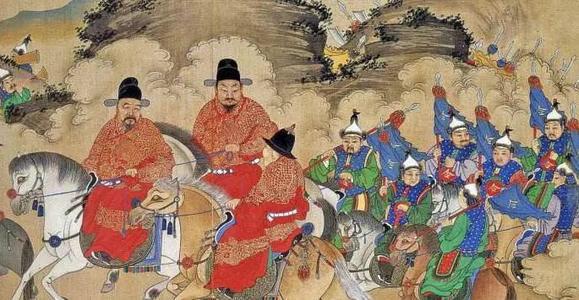
凡流言流说流事流谋流誉流愬，不官而衡至者，君子慎之